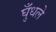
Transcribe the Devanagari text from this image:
घुँधले